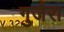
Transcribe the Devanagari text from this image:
गुर्जरा